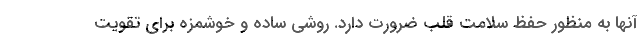
آنها به منظور حفظ سلامت قلب ضرورت دارد. روشی ساده و خوشمزه برای تقویت